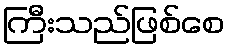
ကြီးသည်ဖြစ်စေ